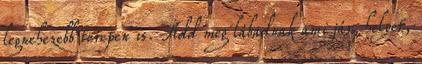
legnehezebb terepen is. Add meg lábadnak ami jár, helyet,